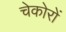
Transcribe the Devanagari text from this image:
चेकोरों